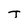
Character: T